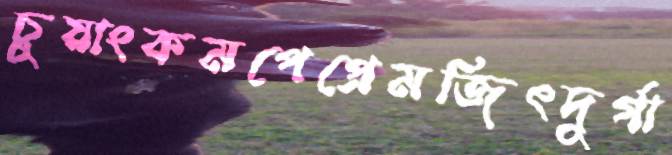
চুয়াংকমপেপ্রেমজিৎদুর্গা